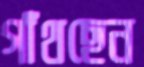
গাঁথছেন